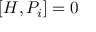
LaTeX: [ H , P _ { i } ] = 0